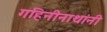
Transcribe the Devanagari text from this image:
गहिनीनाथांनी